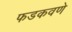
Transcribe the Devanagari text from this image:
फडकवणे